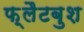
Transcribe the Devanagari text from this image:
फ़्लैटबुश